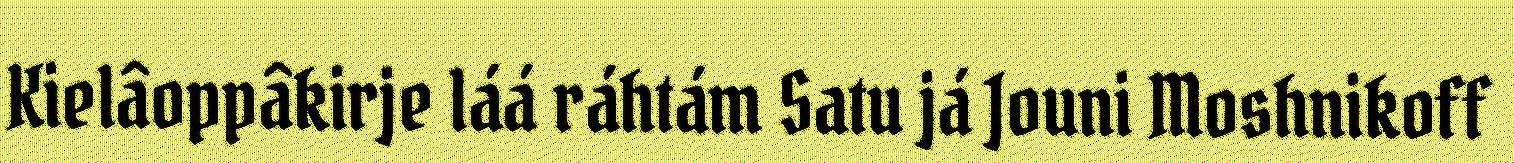
Kielâoppâkirje láá ráhtám Satu já Jouni Moshnikoff